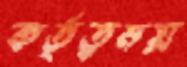
কর্তৃত্বময়